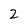
Character: 2